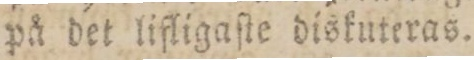
på det lifligaſte diskuteras.